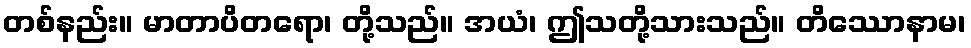
တစ်နည်း။ မာတာပိတရော၊ တို့သည်။ အယံ၊ ဤသတို့သားသည်။ တိဿောနာမ၊